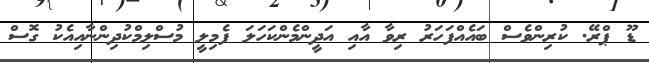
ޑޫ ޕްރޭ. ކުރިންވެސް ބައެއްފަހަރު ރިވާ އާއި އަދީންމެންކަހަލަ ފެމިލީ މުސްލިމްކުދިންނާއިއެކު ގޮސް